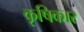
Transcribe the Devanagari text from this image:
कृषिकार